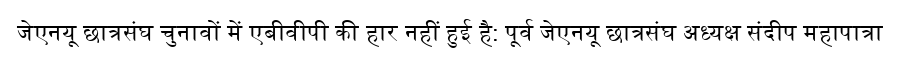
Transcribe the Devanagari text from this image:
जेएनयू छात्रसंघ चुनावों में एबीवीपी की हार नहीं हुई है: पूर्व जेएनयू छात्रसंघ अध्यक्ष संदीप महापात्रा